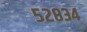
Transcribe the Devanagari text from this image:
५२८३४